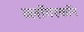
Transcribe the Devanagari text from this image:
व्लॉगरकॉन